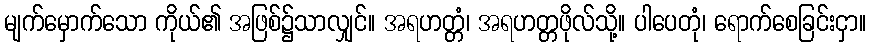
မျက်မှောက်သော ကိုယ်၏ အဖြစ်၌သာလျှင်။ အရဟတ္တံ၊ အရဟတ္တဖိုလ်သို့။ ပါပေတုံ၊ ရောက်စေခြင်းငှာ။